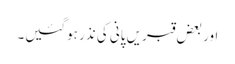
اور بعض قبریں پانی کی نذر ہوگئیں۔